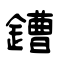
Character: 鏪